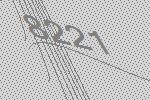
8221